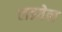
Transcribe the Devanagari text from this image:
लढवेल